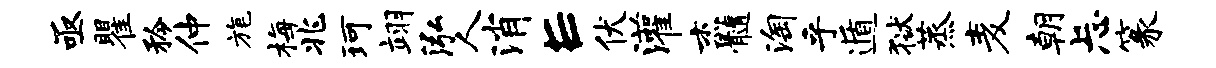
亟瞿矜仲旄梅兆珂翊泓人消E伏灌杰髓淘乎遁狱蒸麦朝忐篆